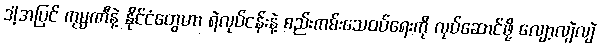
ဒါ့အပြင် ကုမ္ပဏီနဲ့ နိုင်ငံတွေဟာ ရဲလုပ်ငန်းနဲ့ စည်းကမ်းသေဝပ်ရေးကို လုပ်ဆောင်ဖို့ လျော့လျဲလျဲ